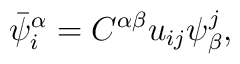
\bar{\psi}^{\alpha}_i= C^{\alpha \beta}u_{ij}\psi^j_{\beta},